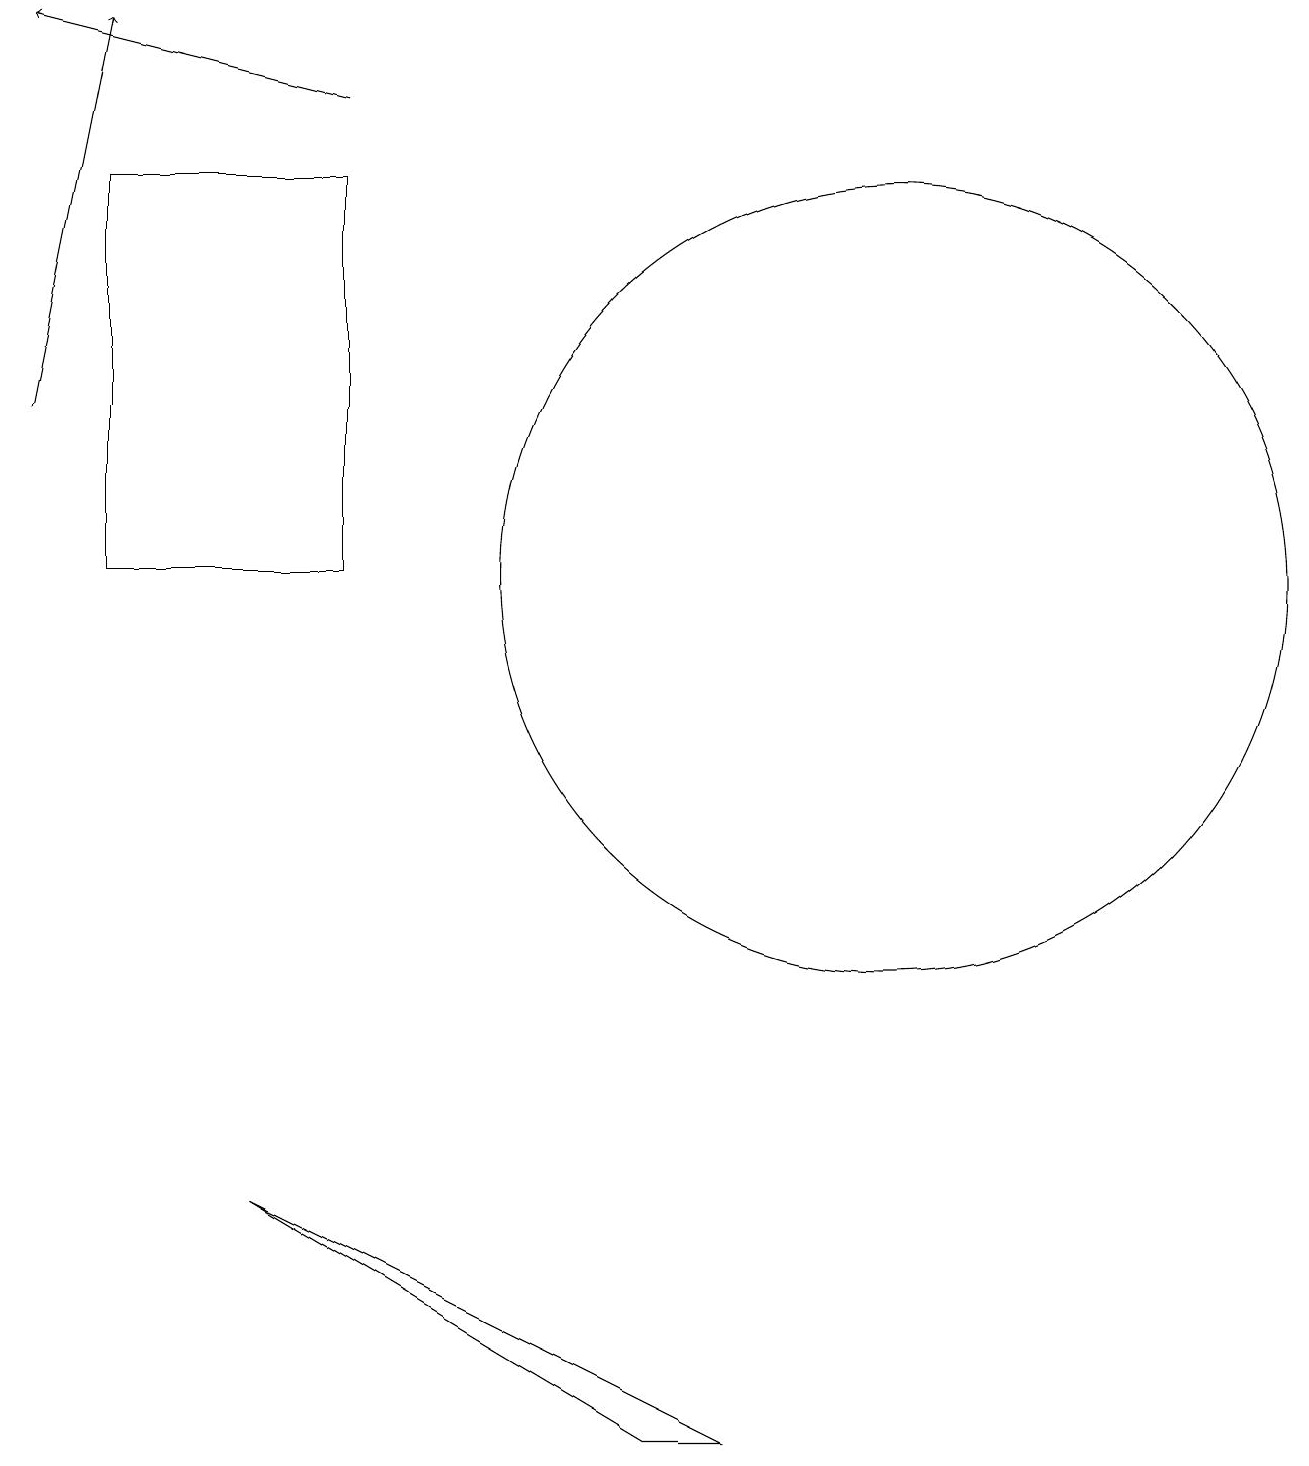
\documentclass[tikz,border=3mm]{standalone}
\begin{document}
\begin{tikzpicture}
\draw (1,11) rectangle (4,16);
\draw (9,0) -- (3,3) -- (8,0) -- cycle;
\draw[->] (0,13) -- (1,18);
\draw (11,11) circle (5);
\draw[->] (4,17) -- (0,18);
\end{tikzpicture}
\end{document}